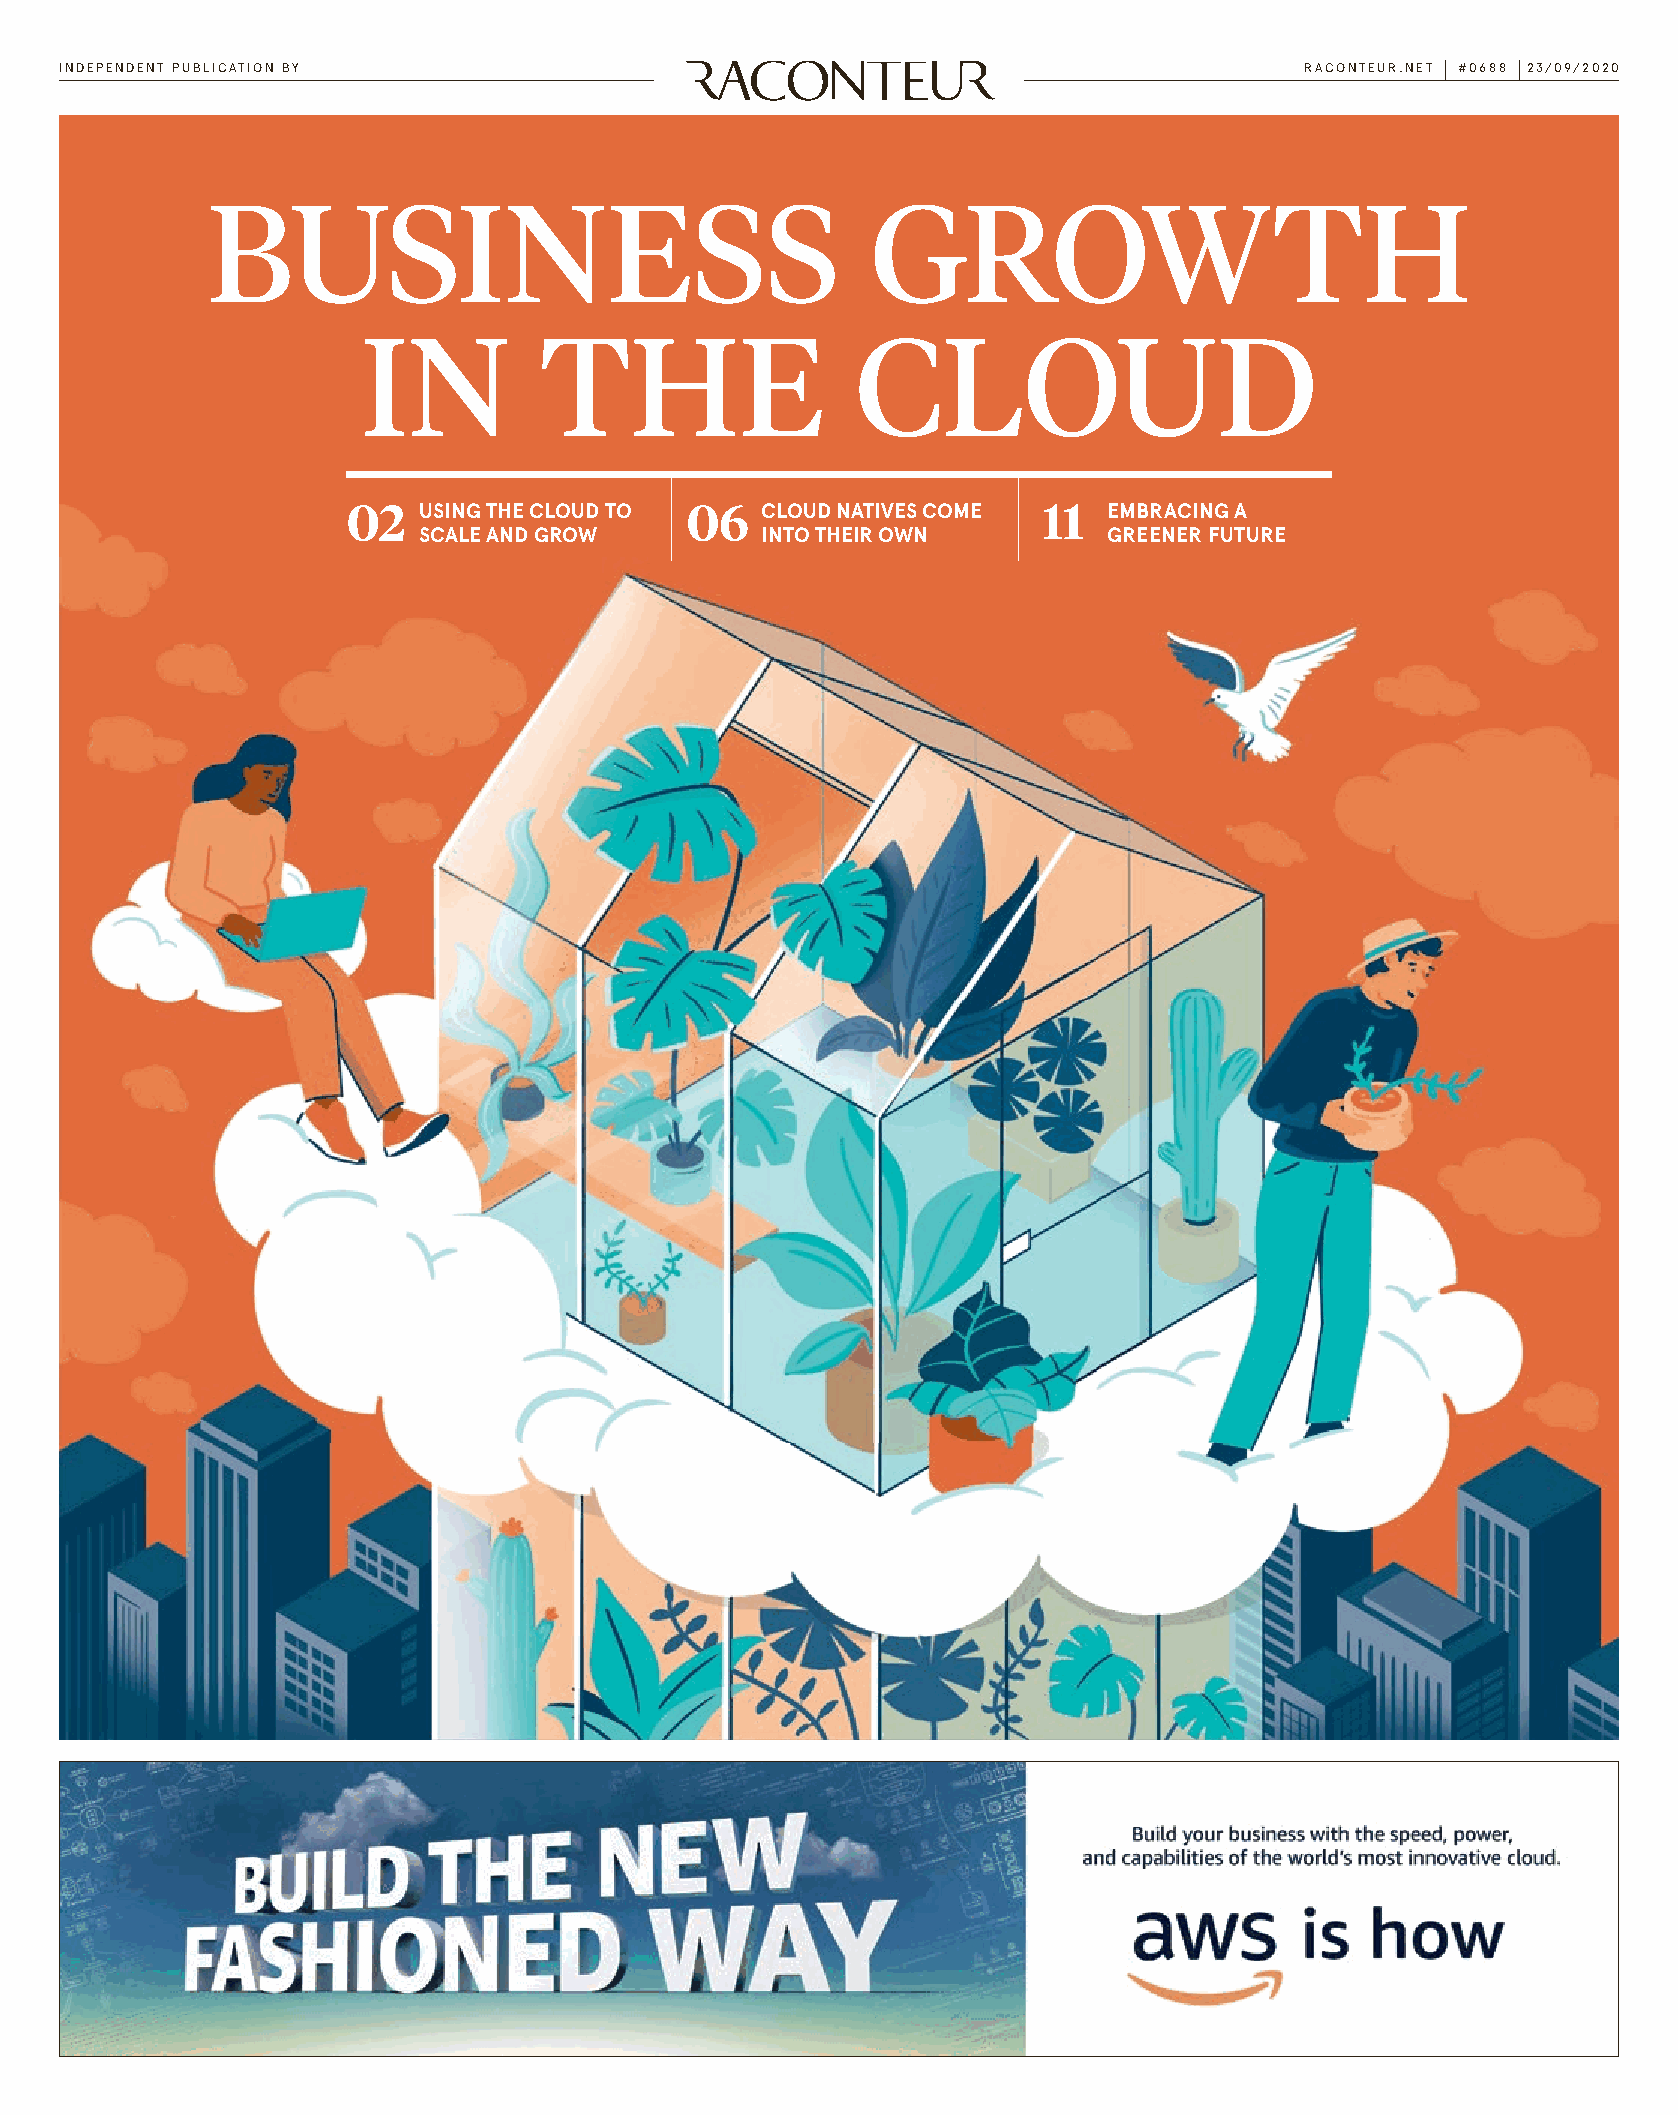
INDEPENDENT PUBLICATION BY                                                        RACONTEUR.NET #0688 23/09/2020
 BUSINESS                                    GROWTH
 IN          THE                  CLOUD
 02   USING THE CLOUD TO 06 CLOUD NATIVES COME 11  EMBRACING A
 SCALE AND GROW        INTO THEIR OWN         GREENER FUTURE